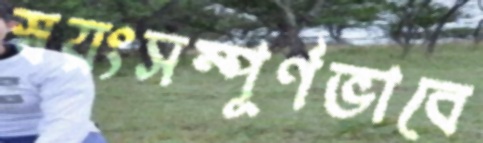
স্বয়ংসম্পূর্ণভাবে